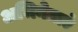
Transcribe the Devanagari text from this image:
अभिनेताएं